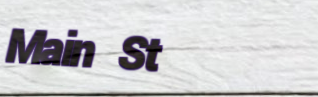
Main St